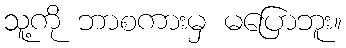
သူ့ကို ဘာစကားမှ မပြောဘူး။